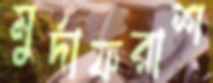
মুর্দাফরাশ